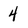
Character: 4